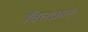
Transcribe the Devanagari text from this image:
वितळते